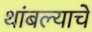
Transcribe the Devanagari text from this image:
थांबल्याचे